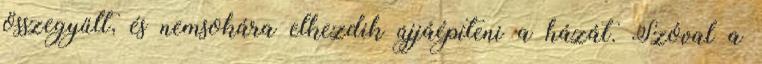
összegyűlt, és nemsokára elkezdik újjáépíteni a házát. Szóval a